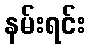
နမ်းရင်း